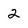
Character: 2